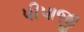
પીપાજી